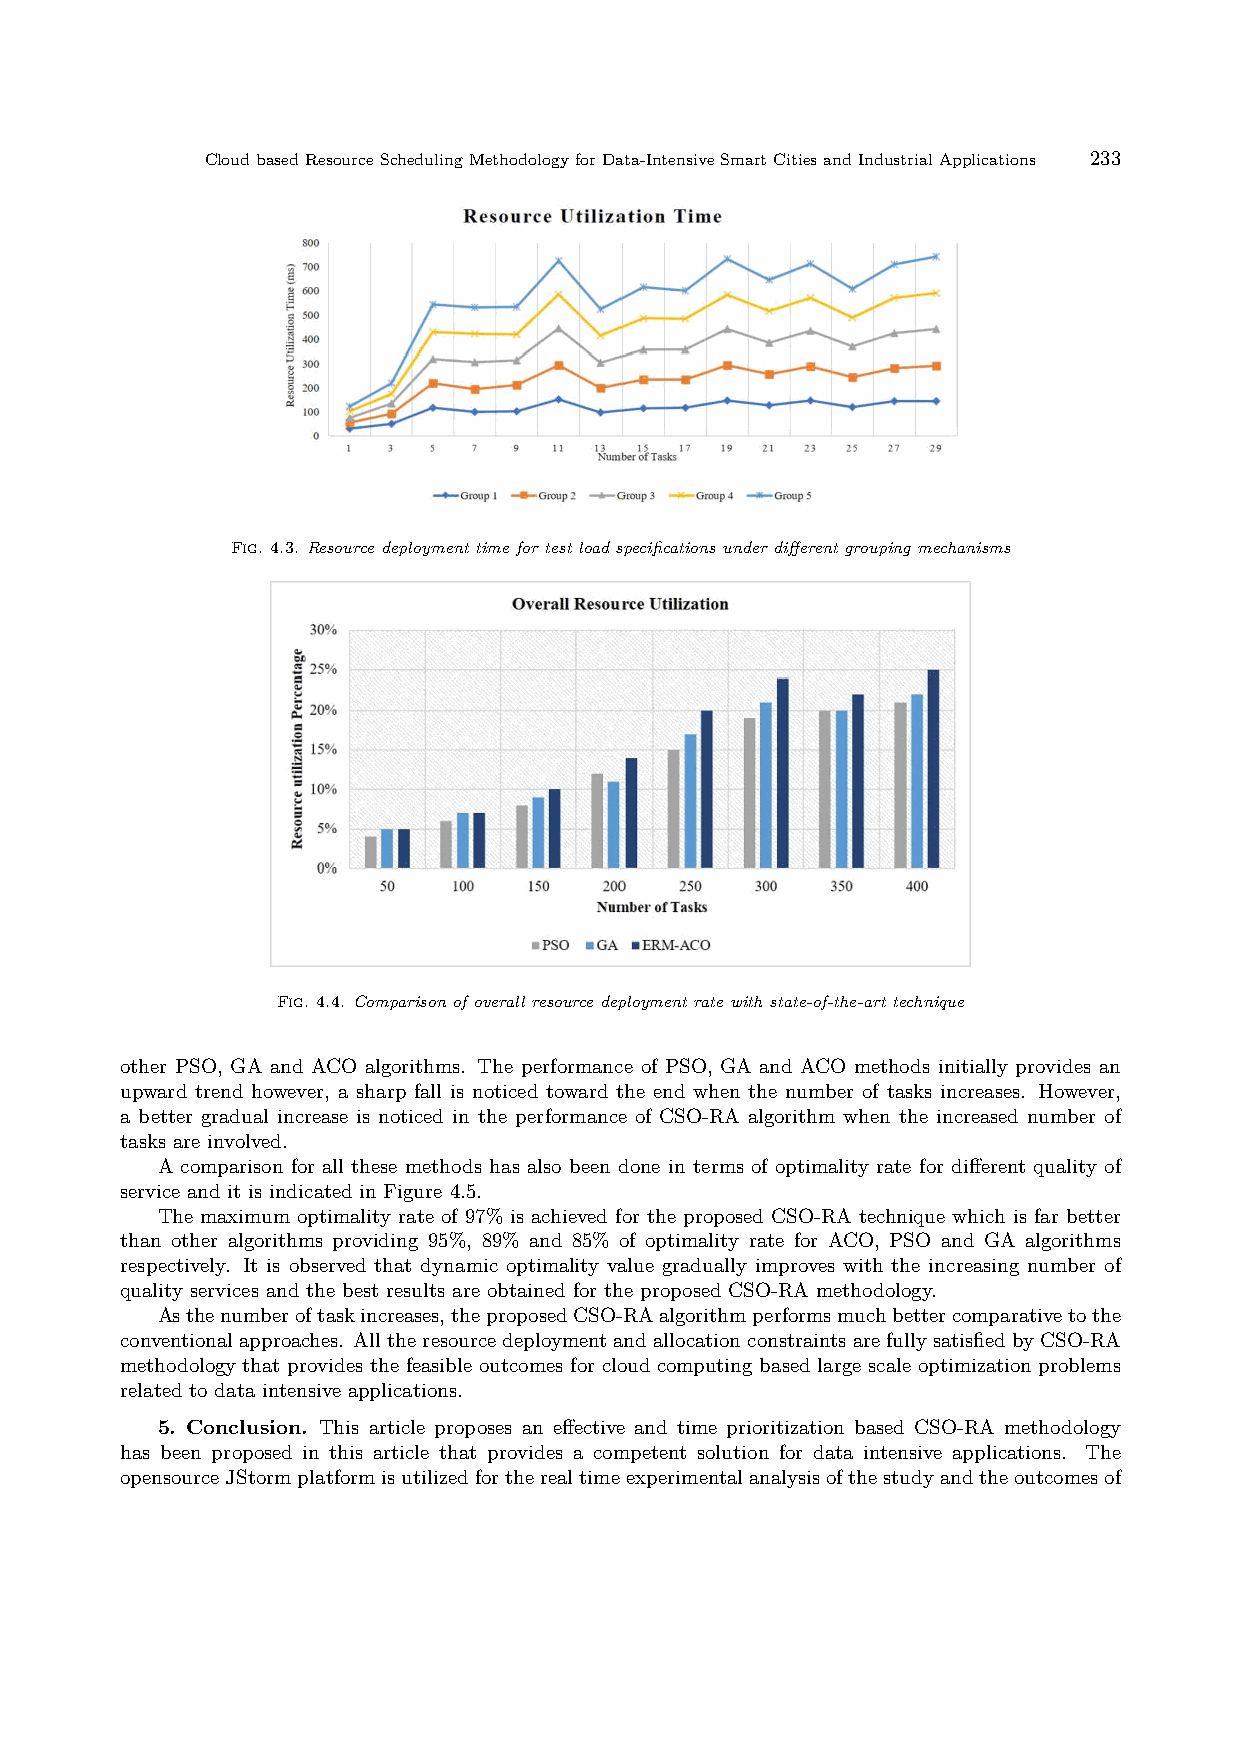
CloudbasedResourceSchedulingMethodologyforData-IntensiveSmartCitiesandIndustrialApplications 233
 Fig. 4.3. Resource deployment time for test load specifications under different grouping mechanisms
 Fig. 4.4. Comparison of overall resource deployment rate with state-of-the-art technique
 other PSO, GA and ACO algorithms. The performance of PSO, GA and ACO methods initially provides an
 upward trend however, a sharp fall is noticed toward the end when the number of tasks increases. However,
 a better gradual increase is noticed in the performance of CSO-RA algorithm when the increased number of
 tasks are involved.
 A comparison for all these methods has also been done in terms of optimality rate for different quality of
 service and it is indicated in Figure 4.5.
 The maximum optimality rate of 97% is achieved for the proposed CSO-RA technique which is far better
 than other algorithms providing 95%, 89% and 85% of optimality rate for ACO, PSO and GA algorithms
 respectively. It is observed that dynamic optimality value gradually improves with the increasing number of
 quality services and the best results are obtained for the proposed CSO-RA methodology.
 Asthenumberoftaskincreases,theproposedCSO-RAalgorithmperformsmuchbettercomparativetothe
 conventionalapproaches. AlltheresourcedeploymentandallocationconstraintsarefullysatisfiedbyCSO-RA
 methodology that provides the feasible outcomes for cloud computing based large scale optimization problems
 related to data intensive applications.
 5. Conclusion. This article proposes an effective and time prioritization based CSO-RA methodology
 has been proposed in this article that provides a competent solution for data intensive applications. The
 opensourceJStormplatformisutilizedfortherealtimeexperimentalanalysisofthestudyandtheoutcomesof